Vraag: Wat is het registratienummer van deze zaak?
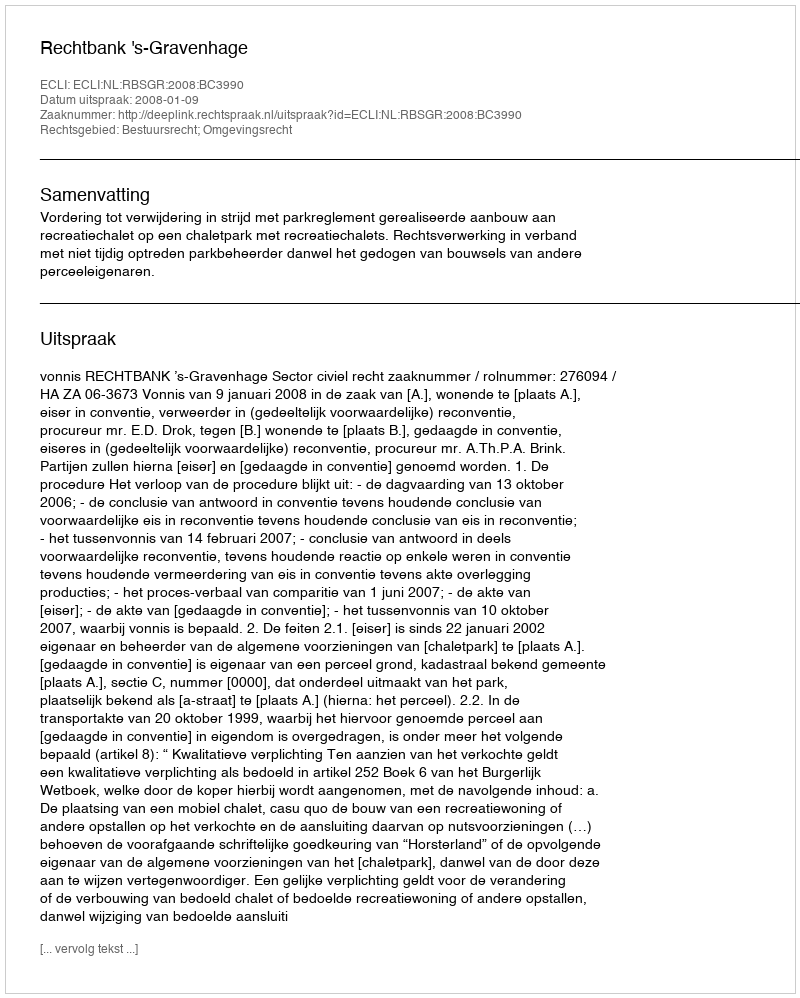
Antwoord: http://deeplink.rechtspraak.nl/uitspraak?id=ECLI:NL:RBSGR:2008:BC3990